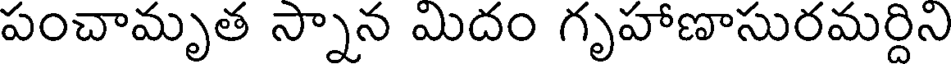
పంచామృత స్నాన మిదం గృహాణాసురమర్దిని